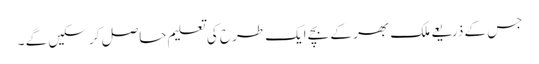
جس کے ذریعے ملک بھر کے بچے ایک طرح کی تعلیم حاصل کر سکیں گے ۔